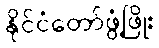
နိုင်ငံတော်ဖွံ့ဖြိုး